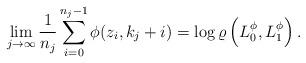
LaTeX: \begin{align*}\lim_{j \to \infty} \frac{1}{n_j}\sum_{i=0}^{n_j-1}\phi(z_i,k_j+i)=\log\varrho\left(L_0^\phi,L_1^\phi\right).\end{align*}